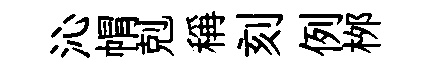
沁㡌剋稱刻例桞